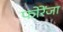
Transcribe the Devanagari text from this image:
फोरेंजा